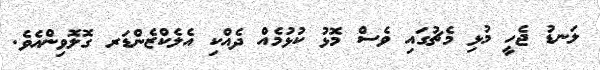
ލަނޑު ޖެހީ މުޅި މެޗުގައި ވެސް މޮޅު ކުޅުމެއް ދެއްކި އެލެކްޒެންޑަރ ގޮލޮވިންއެވެ.